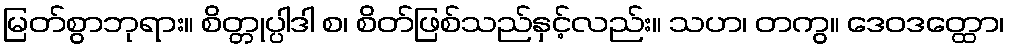
မြတ်စွာဘုရား။ စိတ္တုပ္ပါဒါ စ၊ စိတ်ဖြစ်သည်နှင့်လည်း။ သဟ၊ တကွ။ ဒေဝဒတ္ထော၊